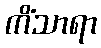
ကိံသာရာ